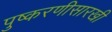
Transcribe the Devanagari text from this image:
पुष्करणीसारखी